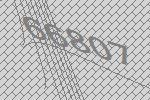
66807